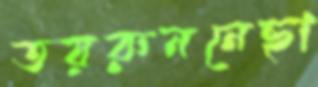
তয়রুননেছা